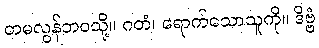
တမလွန်ဘဝသို့။ ဂတံ၊ ရောက်သောသူကို။ ဒိဗ္ဗံ